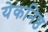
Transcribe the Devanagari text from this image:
येकनिष्ठ